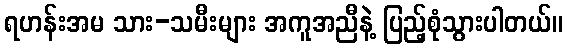
ရဟန်းအမ သား-သမီးများ အကူအညီနဲ့ ပြည့်စုံသွားပါတယ်။